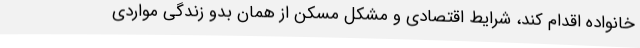
خانواده اقدام کند، شرایط اقتصادی و مشکل مسکن از همان بدو زندگی مواردی